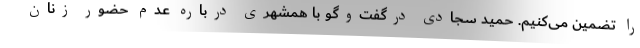
را تضمین می‌کنیم. حمید سجادی درگفت‌وگو با همشهری درباره عدم حضور زنان